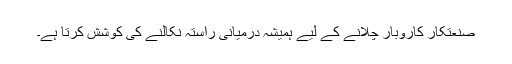
صنعتکار کاروبار چلانے کے لیے ہمیشہ درمیانی راستہ نکالنے کی کوشش کرتا ہے۔